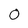
Character: 0